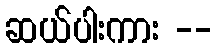
ဆယ်ပါးကား --